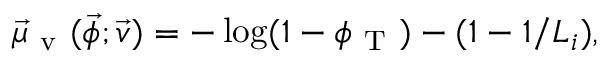
\vec { \mu } _ { \mathrm { ~ v ~ } } ( \vec { \phi } ; \vec { v } ) = - \log ( 1 - \phi _ { \mathrm { ~ T ~ } } ) - ( 1 - 1 / L _ { i } ) ,